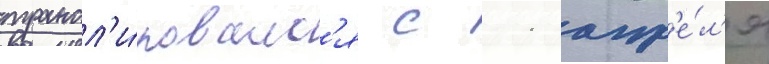
трансл'и́ровалс'я с 11 апр'е́л'я